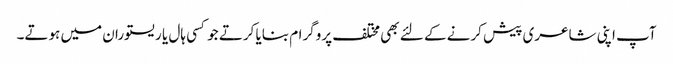
آپ اپنی شاعری پیش کرنے کے لئے بھی مختلف پروگرام بنایا کرتے جو کسی ہال یا ریستوران میں ہوتے۔